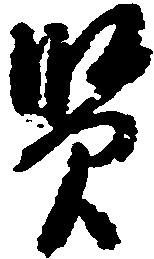
賢